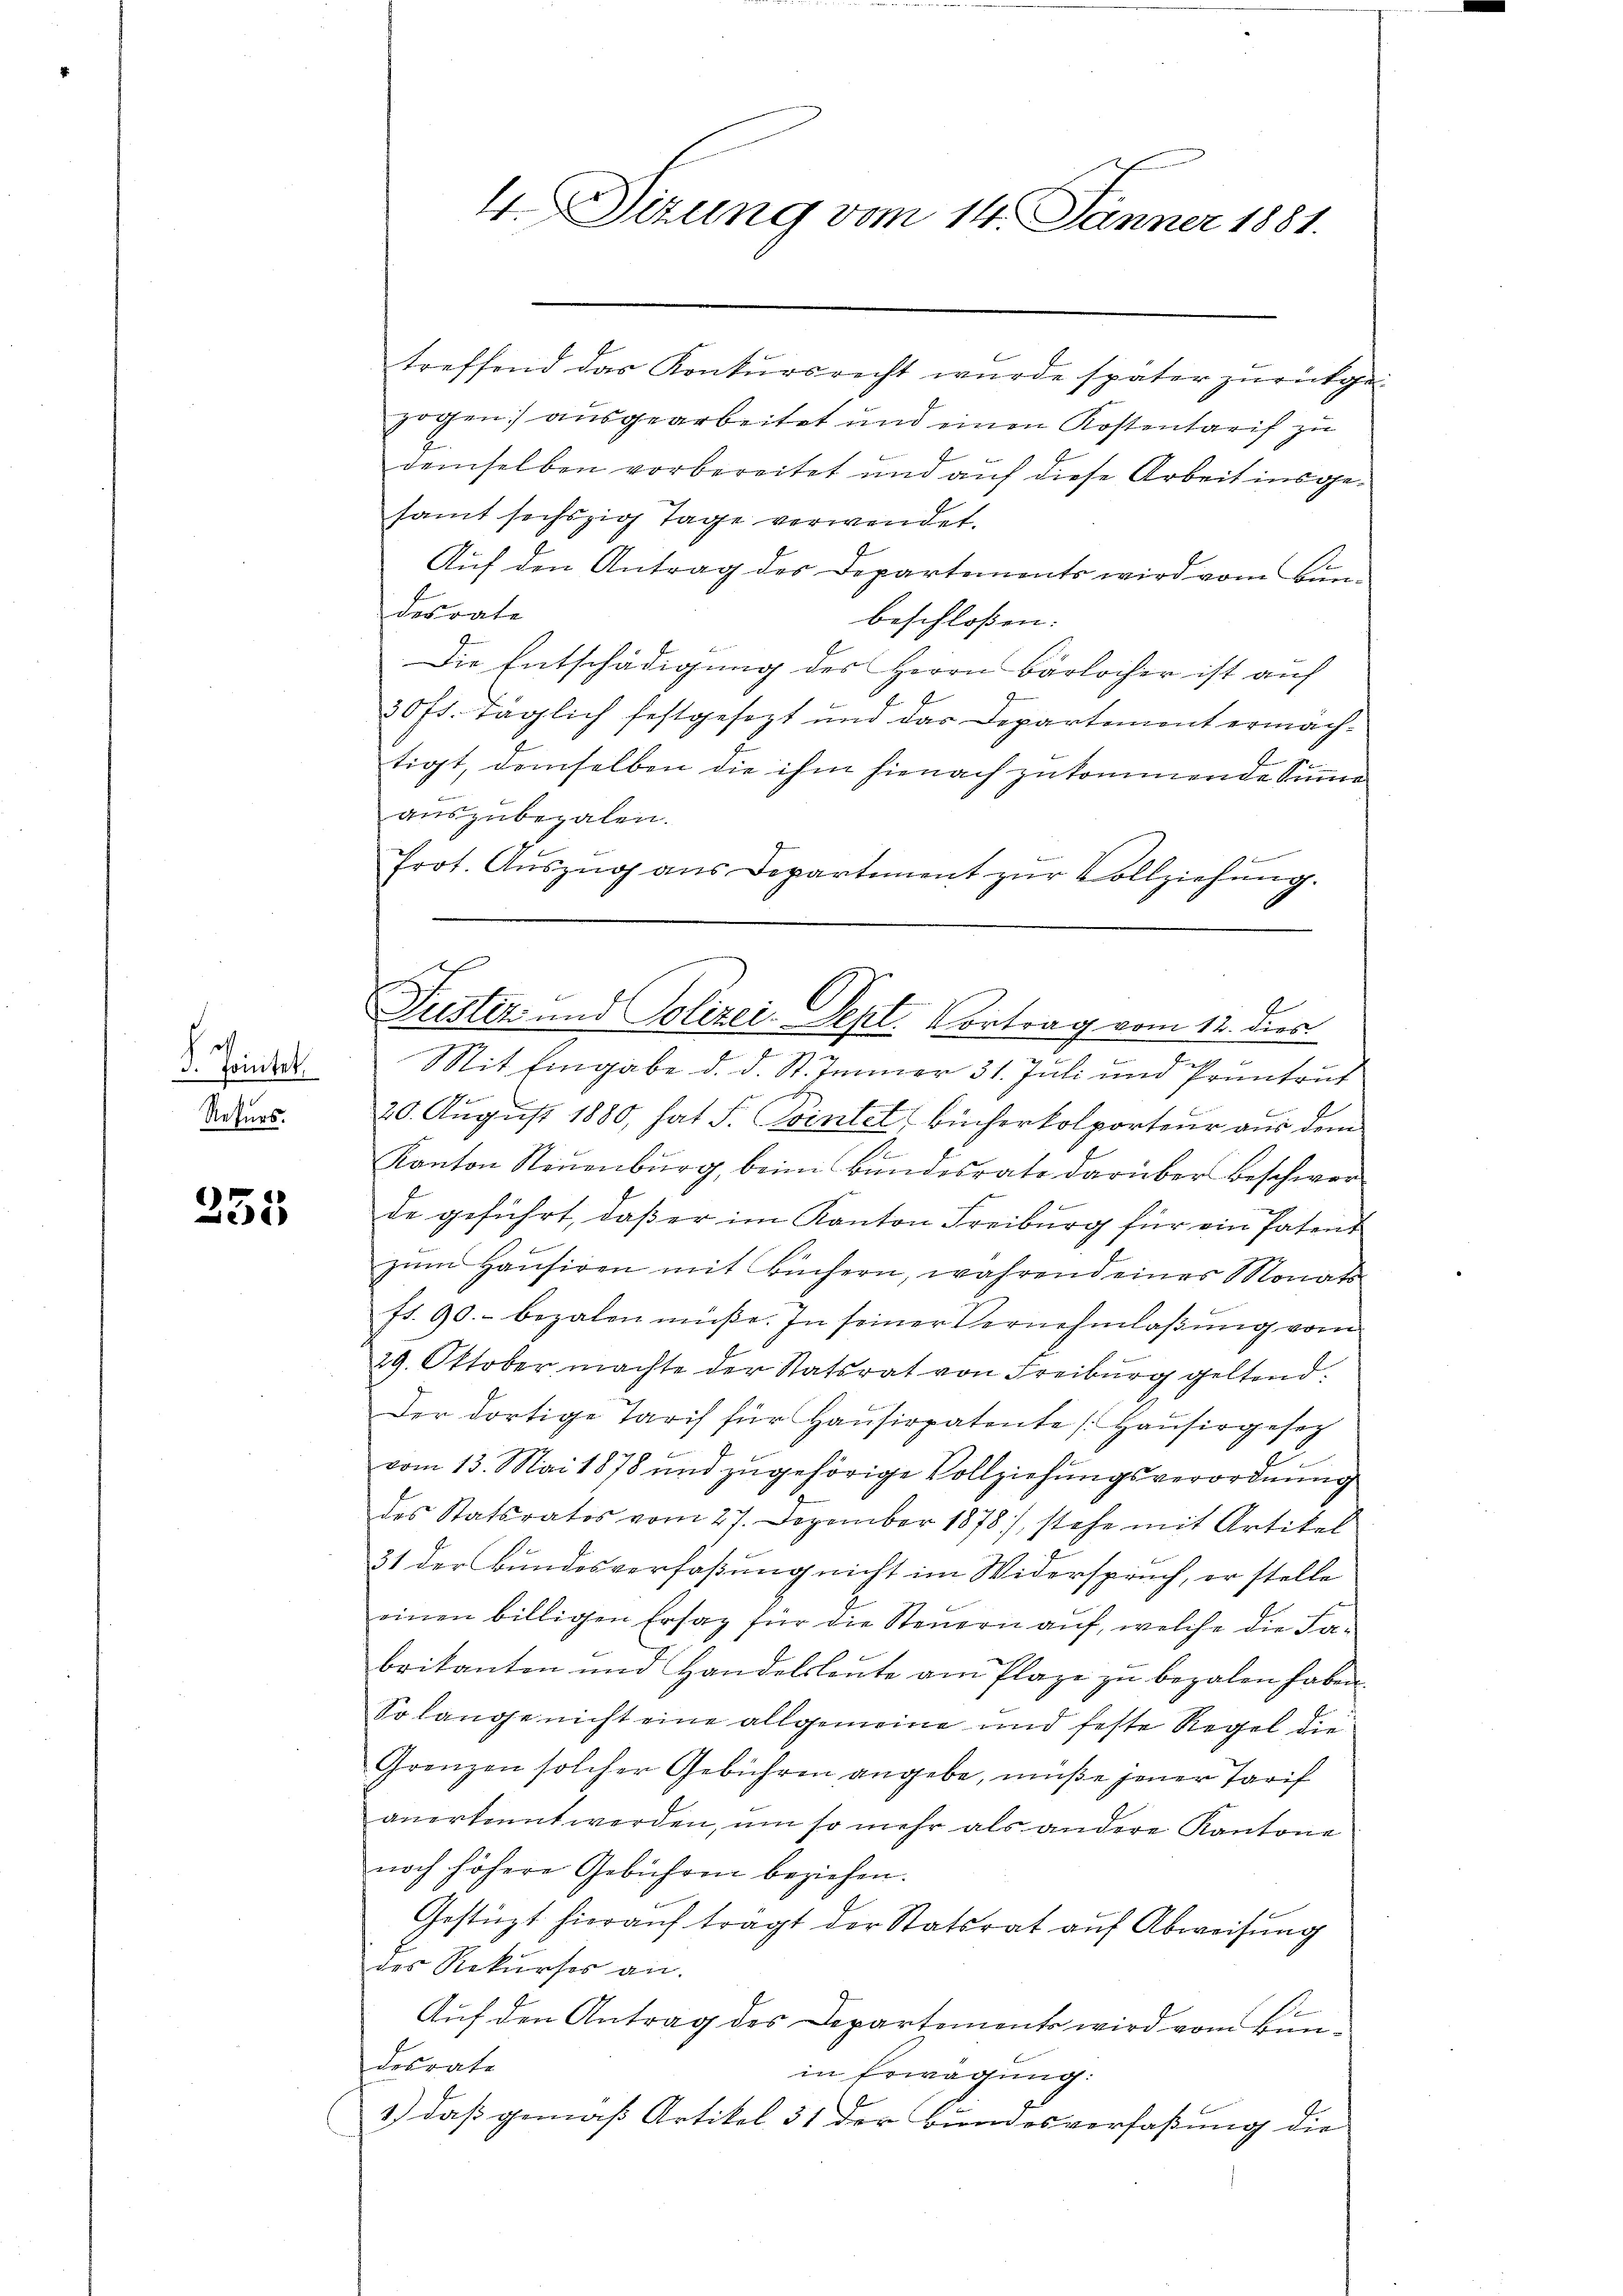
h
3. Fortet,
Rekurs.

255

treffend das Konkursrecht wurde später zŭrückge-
zogen) ausgearbeitet und einen Kostentarif zu
demselben vorbereitet und auf diese Arbeit insgesamt sechszig Tage verwendet.
Auf den Antrag des Departements wird vom Bundesrate
beschloßen:
Die Entschädigung des Herrn Bärlocher ist auf
30 fl. Täglich festgesezt und das Departement ermachtigt, demselben die ihm hienach zukommende Sinne
auszubezalen.
Prot. Auszug aus Departement zŭr Vollziehung.
Mit Eingabe d. d. St. Immer 31. Juli und Pruntrut
20. August 1880, hat F. Pointel, Bücherkolporteur aus dem
E
Kanton Neuenburg, beim Bundesrate darüber beschwer
de geführt, daß er im Kanton Freiburg für ein Patent
zŭm Haŭsiren mit Büchern, während eines Monats
ft. 90.- bezalen müße. In seiner Vernehmlassung vom
29. Oktober machte der Statsrat von Freiburg geltend.
Der dortige Tarif für Haŭsirpatente (Haŭsirgeset
E
vom 13. Mai 1878 und zugehörige Vollziehungsverordnung
des Statsrates vom 27. Dezember 1878), stehe mit Artikel
31 der Bundesverfaßung nicht im Widerspruch, er stelle
einen billigen Ersatz für die Steuern auf, welche die Fabrikanten und Handelsleute am Plaze zu bezalen haben.
So lange nicht eine allgemeine und feste Regel die
Grenzen solcher Gebühren angebe, müße jener Tarif
anerkannt werden, um so mehr als andere Kantone
noch höhere Gebühren beziehen.
Gestüzt hierauf trägt der Statsrat auf Abweisung
des Rekurses an.
Auf den Antrag des Departements wird vom Bundesrate
in Erwägung.
1.) daß gemäß Artikel 31 der Bundesverfaßung die

4. Sizung vom 14. Jänner 1881.

2
f
Justiz- und Polizei-Sept. Vortrag vom 12. dies